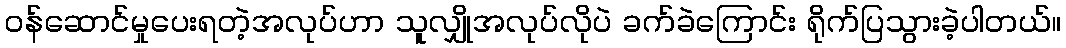
ဝန်ဆောင်မှုပေးရတဲ့အလုပ်ဟာ သူလျှိုအလုပ်လိုပဲ ခက်ခဲကြောင်း ရိုက်ပြသွားခဲ့ပါတယ်။